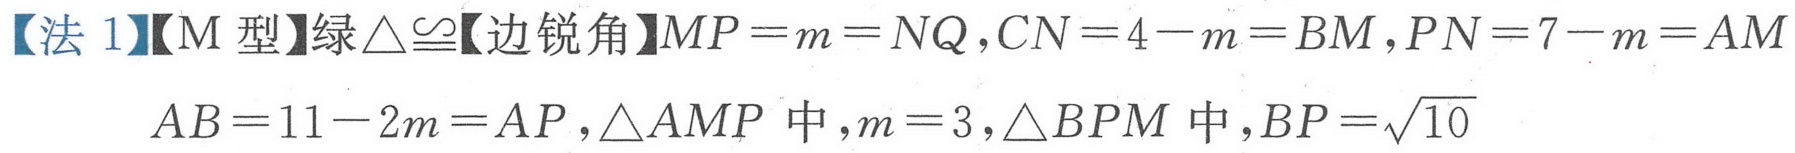
【法 1】【M 型】绿\(\triangle\cong\)【边锐角】\(MP = m = NQ,CN = 4 - m = BM,PN = 7 - m = AM\)
\(AB = 11 - 2m = AP,\triangle AMP\) 中，\(m = 3,\triangle BPM\) 中，\(BP=\sqrt{10}\)